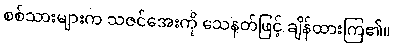
စစ်သားများက သဇင်အေးကို သေနတ်ဖြင့် ချိန်ထားကြ၏။